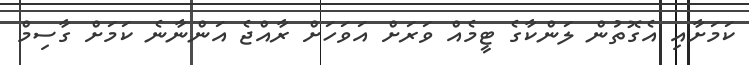
ކަމަށާއި އެގޮތުން ލަންކާގެ ޓީމެއް ވަރަށް އަވަހަށް ރާއްޖެ އަންނާނެ ކަމަށް ގާސިމް